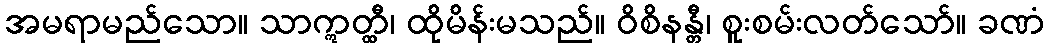
အမရာမည်သော။ သာဣတ္ထီ၊ ထိုမိန်းမသည်။ ဝိစိနန္တီ၊ စူးစမ်းလတ်သော်။ ခဏံ